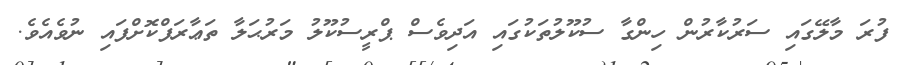
ފުރަ މާލޭގައި ސަރުކާރުން ހިންގާ ސުކޫލުތަކުގައި އަދިވެސް ޕްރީސުކޫލު މަރުޙަލާ ތަޢާރަފްކޮށްފައި ނުވެއެވެ.